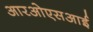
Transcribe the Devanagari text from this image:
आरओएसआई